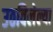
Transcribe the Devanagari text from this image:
उठविलेल्या